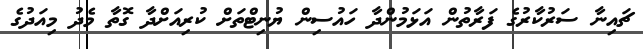
ޗައިނާ ސަރުކާރުގެ ފަރާތުން އަޅަމުންދާ ހައުސިން ޔުނިޓްތަށް ކުރިއަށްދާ ގޮތާ މެދު މިއަދުގެ